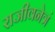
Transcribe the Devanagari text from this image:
राजीवनेत्रं